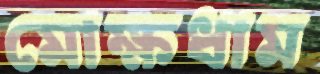
মোক্ষধাম